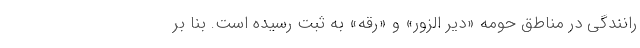
رانندگی در مناطق حومه «دیر الزور» و «رقه» به ثبت رسیده است. بنا بر